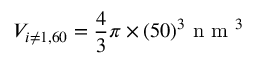
V _ { i \neq 1 , 6 0 } = \frac { 4 } { 3 } \pi \times ( 5 0 ) ^ { 3 } \mathrm { ~ n ~ m ~ } ^ { 3 }